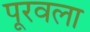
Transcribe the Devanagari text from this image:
पूरवला